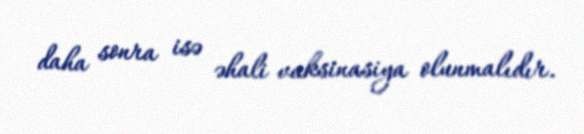
daha sonra isə əhali vaksinasiya olunmalıdır.